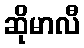
ဆိုမာလီ